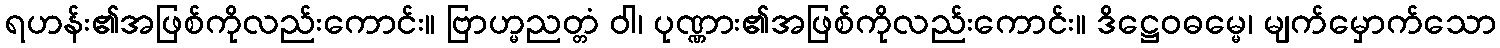
ရဟန်း၏အဖြစ်ကိုလည်းကောင်း။ ဗြာဟ္မညတ္တံ ဝါ၊ ပုဏ္ဏား၏အဖြစ်ကိုလည်းကောင်း။ ဒိဋ္ဌေဝဓမ္မေ၊ မျက်မှောက်သော